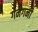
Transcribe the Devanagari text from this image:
गनगनी